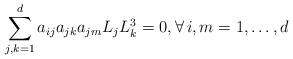
LaTeX: \begin{align*}\sum_{j,k=1}^d a_{ij} a_{jk} a_{jm} L_jL_k^3 =0, \forall \, i, m =1,\dots,d\end{align*}